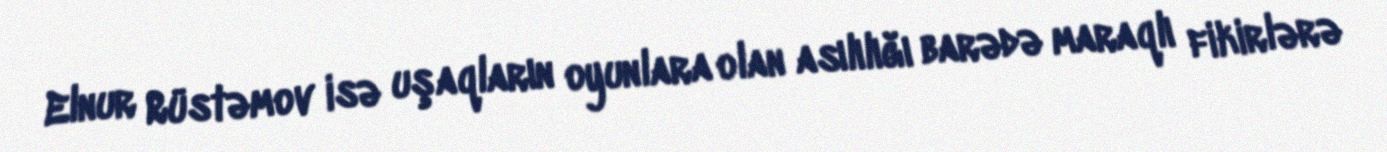
Elnur Rüstəmov isə uşaqların oyunlara olan asılılığı barədə maraqlı fikirlərə